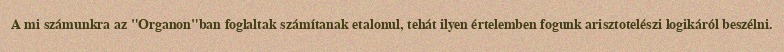
A mi számunkra az "Organon"ban foglaltak számítanak etalonul, tehát ilyen értelemben fogunk arisztotelészi logikáról beszélni.